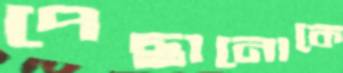
পেছানোকে